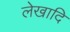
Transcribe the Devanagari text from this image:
लेखादि